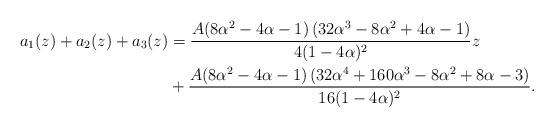
LaTeX: \begin{align*}a_1(z)+a_2(z)+a_3(z)&=\frac{A (8\alpha^2-4\alpha -1)\left(32 \alpha ^3-8 \alpha ^2+4 \alpha-1 \right)}{4 (1-4 \alpha )^2}z\\&+\frac{A (8\alpha^2-4\alpha -1) \left(32 \alpha ^4+160 \alpha ^3-8 \alpha ^2+8 \alpha-3\right)}{16 (1-4 \alpha )^2}.\end{align*}